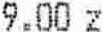
9.00 Z